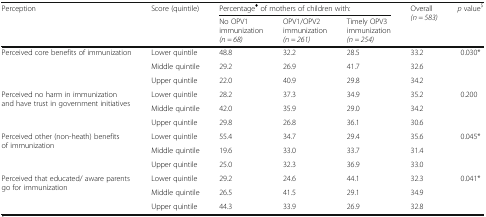
<table><thead><tr><td rowspan="2"><b>Perception</b></td><td rowspan="2"><b>Score (quintile)</b></td><td colspan="3"><b>Percentage<sup>♦</sup> of mothers of children with:</b></td><td rowspan="2"><b>Overall<i>(n = 583)</i></b></td><td rowspan="2"><b><i>p</i> value<sup>$</sup></b></td></tr><tr><td><b>No OPV1 immunization<i>(n = 68)</i></b></td><td><b>OPV1/OPV2 immunization<i>(n = 261)</i></b></td><td><b>Timely OPV3 immunization<i>(n = 254)</i></b></td></tr></thead><tbody><tr><td rowspan="3">Perceived core benefits of immunization</td><td>Lower quintile</td><td>48.8</td><td>32.2</td><td>28.5</td><td>33.2</td><td>0.030*</td></tr><tr><td>Middle quintile</td><td>29.2</td><td>26.9</td><td>41.7</td><td>32.6</td><td></td></tr><tr><td>Upper quintile</td><td>22.0</td><td>40.9</td><td>29.8</td><td>34.2</td><td></td></tr><tr><td rowspan="3">Perceived no harm in immunization and have trust in government initiatives</td><td>Lower quintile</td><td>28.2</td><td>37.3</td><td>34.9</td><td>35.2</td><td>0.200</td></tr><tr><td>Middle quintile</td><td>42.0</td><td>35.9</td><td>29.0</td><td>34.2</td><td></td></tr><tr><td>Upper quintile</td><td>29.8</td><td>26.8</td><td>36.1</td><td>30.6</td><td></td></tr><tr><td rowspan="3">Perceived other (non-heath) benefits of immunization</td><td>Lower quintile</td><td>55.4</td><td>34.7</td><td>29.4</td><td>35.6</td><td>0.045*</td></tr><tr><td>Middle quintile</td><td>19.6</td><td>33.0</td><td>33.7</td><td>31.4</td><td></td></tr><tr><td>Upper quintile</td><td>25.0</td><td>32.3</td><td>36.9</td><td>33.0</td><td></td></tr><tr><td rowspan="3">Perceived that educated/ aware parents go for immunization</td><td>Lower quintile</td><td>29.2</td><td>24.6</td><td>44.1</td><td>32.3</td><td>0.041*</td></tr><tr><td>Middle quintile</td><td>26.5</td><td>41.5</td><td>29.1</td><td>34.9</td><td></td></tr><tr><td>Upper quintile</td><td>44.3</td><td>33.9</td><td>26.9</td><td>32.8</td><td></td></tr></tbody></table>